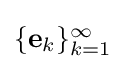
{\textstyle \{\mathbf {e} _{k}\}_{k=1}^{\infty }}